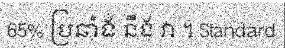
65% ប្រឆាំង នឹង វា ។ Standard